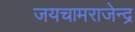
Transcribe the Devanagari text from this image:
जयचामराजेन्द्र